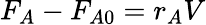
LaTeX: F_{A}-F_{A0}=r_{A}V